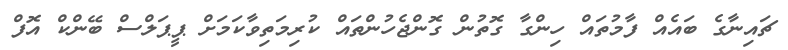
ޗައިނާގެ ބައެއް ފާމުތައް ހިންގާ ގޮތުން ގޮންޖެހުންތައް ކުރިމަތިވާކަމަށް ޕީޕަލްސް ބޭންކް އޮފް